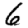
Digit: 6